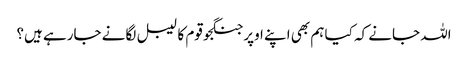
اللہ جانے کہ کیا ہم بھی اپنے اوپر جنگجو قوم کا لیبل لگانے جارہے ہیں؟